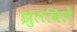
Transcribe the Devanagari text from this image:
झुलविलें